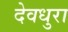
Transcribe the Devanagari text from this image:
देवधुरा